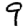
Digit: 9